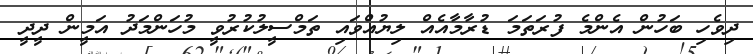
ދިވެހި ބަހުން އެންމެ ފުރަތަމަ ޑުރާމާއެއް ލިޔުއްވައި ތަމްސީލުކުރުވީ މުހަންމަދު އަމީން ދީދީ